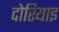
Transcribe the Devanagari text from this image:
दोरियाइ